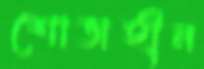
শোভাহীন